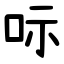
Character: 呩